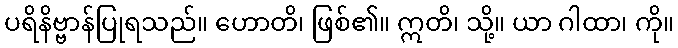
ပရိနိဗ္ဗာန်ပြုရသည်။ ဟောတိ၊ ဖြစ်၏။ ဣတိ၊ သို့။ ယာ ဂါထာ၊ ကို။